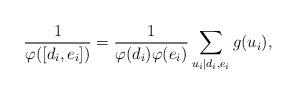
LaTeX: \begin{align*}\frac{1}{\varphi([d_i,e_i])}=\frac{1}{\varphi(d_i)\varphi(e_i)}\sum_{u_i\mid d_i,e_i}g(u_i),\end{align*}